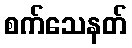
စက်သေနတ်